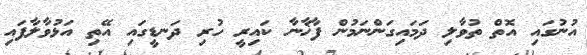
އުނުގައި އޮތް ތުވާލި ދަމައިގަންނަމުން ފާޚާނާ ކައިރީ ހުރި ދަނޑީގައި އޭތި އަޅުވާލާފައި